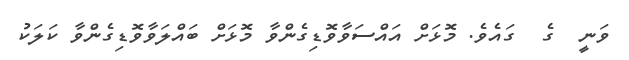
ވަނީ  ގެ  ގައެވެ. މޮޅަށް އައްސަވާވޮޑިގެންވާ މޮޅަށް ބައްލަވާވޮޑިގެންވާ ކަލަކު